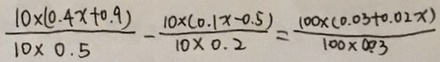
\frac { 1 0 \times ( 0 . 4 x + 0 . 9 ) } { 1 0 \times 0 . 5 } - \frac { 1 0 \times ( 0 . 1 x - 0 . 5 ) } { 1 0 \times 0 . 2 } = \frac { 1 0 0 \times ( 0 . 0 3 + 0 . 0 2 x ) } { 1 0 0 \times 0 . 0 3 }